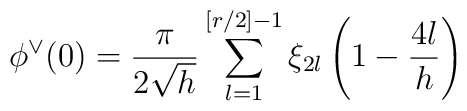
\phi ^{\vee }(0)=\frac{\pi }{2\sqrt{h}}\sum_{l=1}^{[r/2]-1}\xi _{2l}\left( 1-\frac{4l}{h}\right)